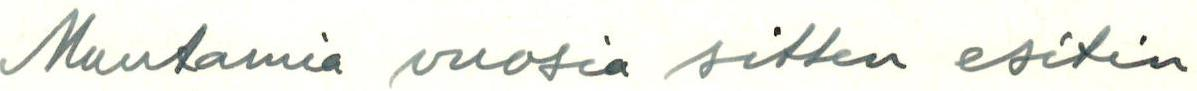
Muutamia vuosia sitten esitin